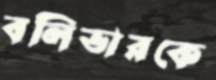
বলিভারকে